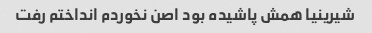
شیرینیا همش پاشیده بود اصن نخوردم انداختم رفت